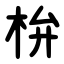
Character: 㭓